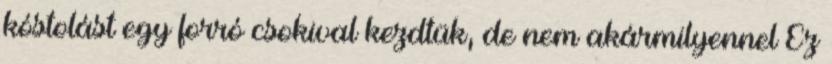
kóstolást egy forró csokival kezdtük, de nem akármilyennel Ez